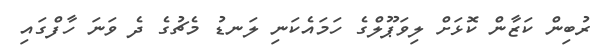
ރުބިން ކަޒާން ކޮޅަށް ލިވަޕޫލްގެ ހަމައެކަނި ލަނޑު މެޗުގެ ދެ ވަނަ ހާފްގައި